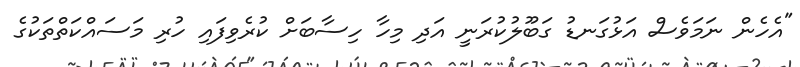
"އެހެން ނަމަވެސް އަޅުގަނޑު ގަބޫލުކުރަނީ އަދި މިހާ ހިސާބަށް ކުރެވިފައި ހުރި މަސައްކަތްތަކުގެ